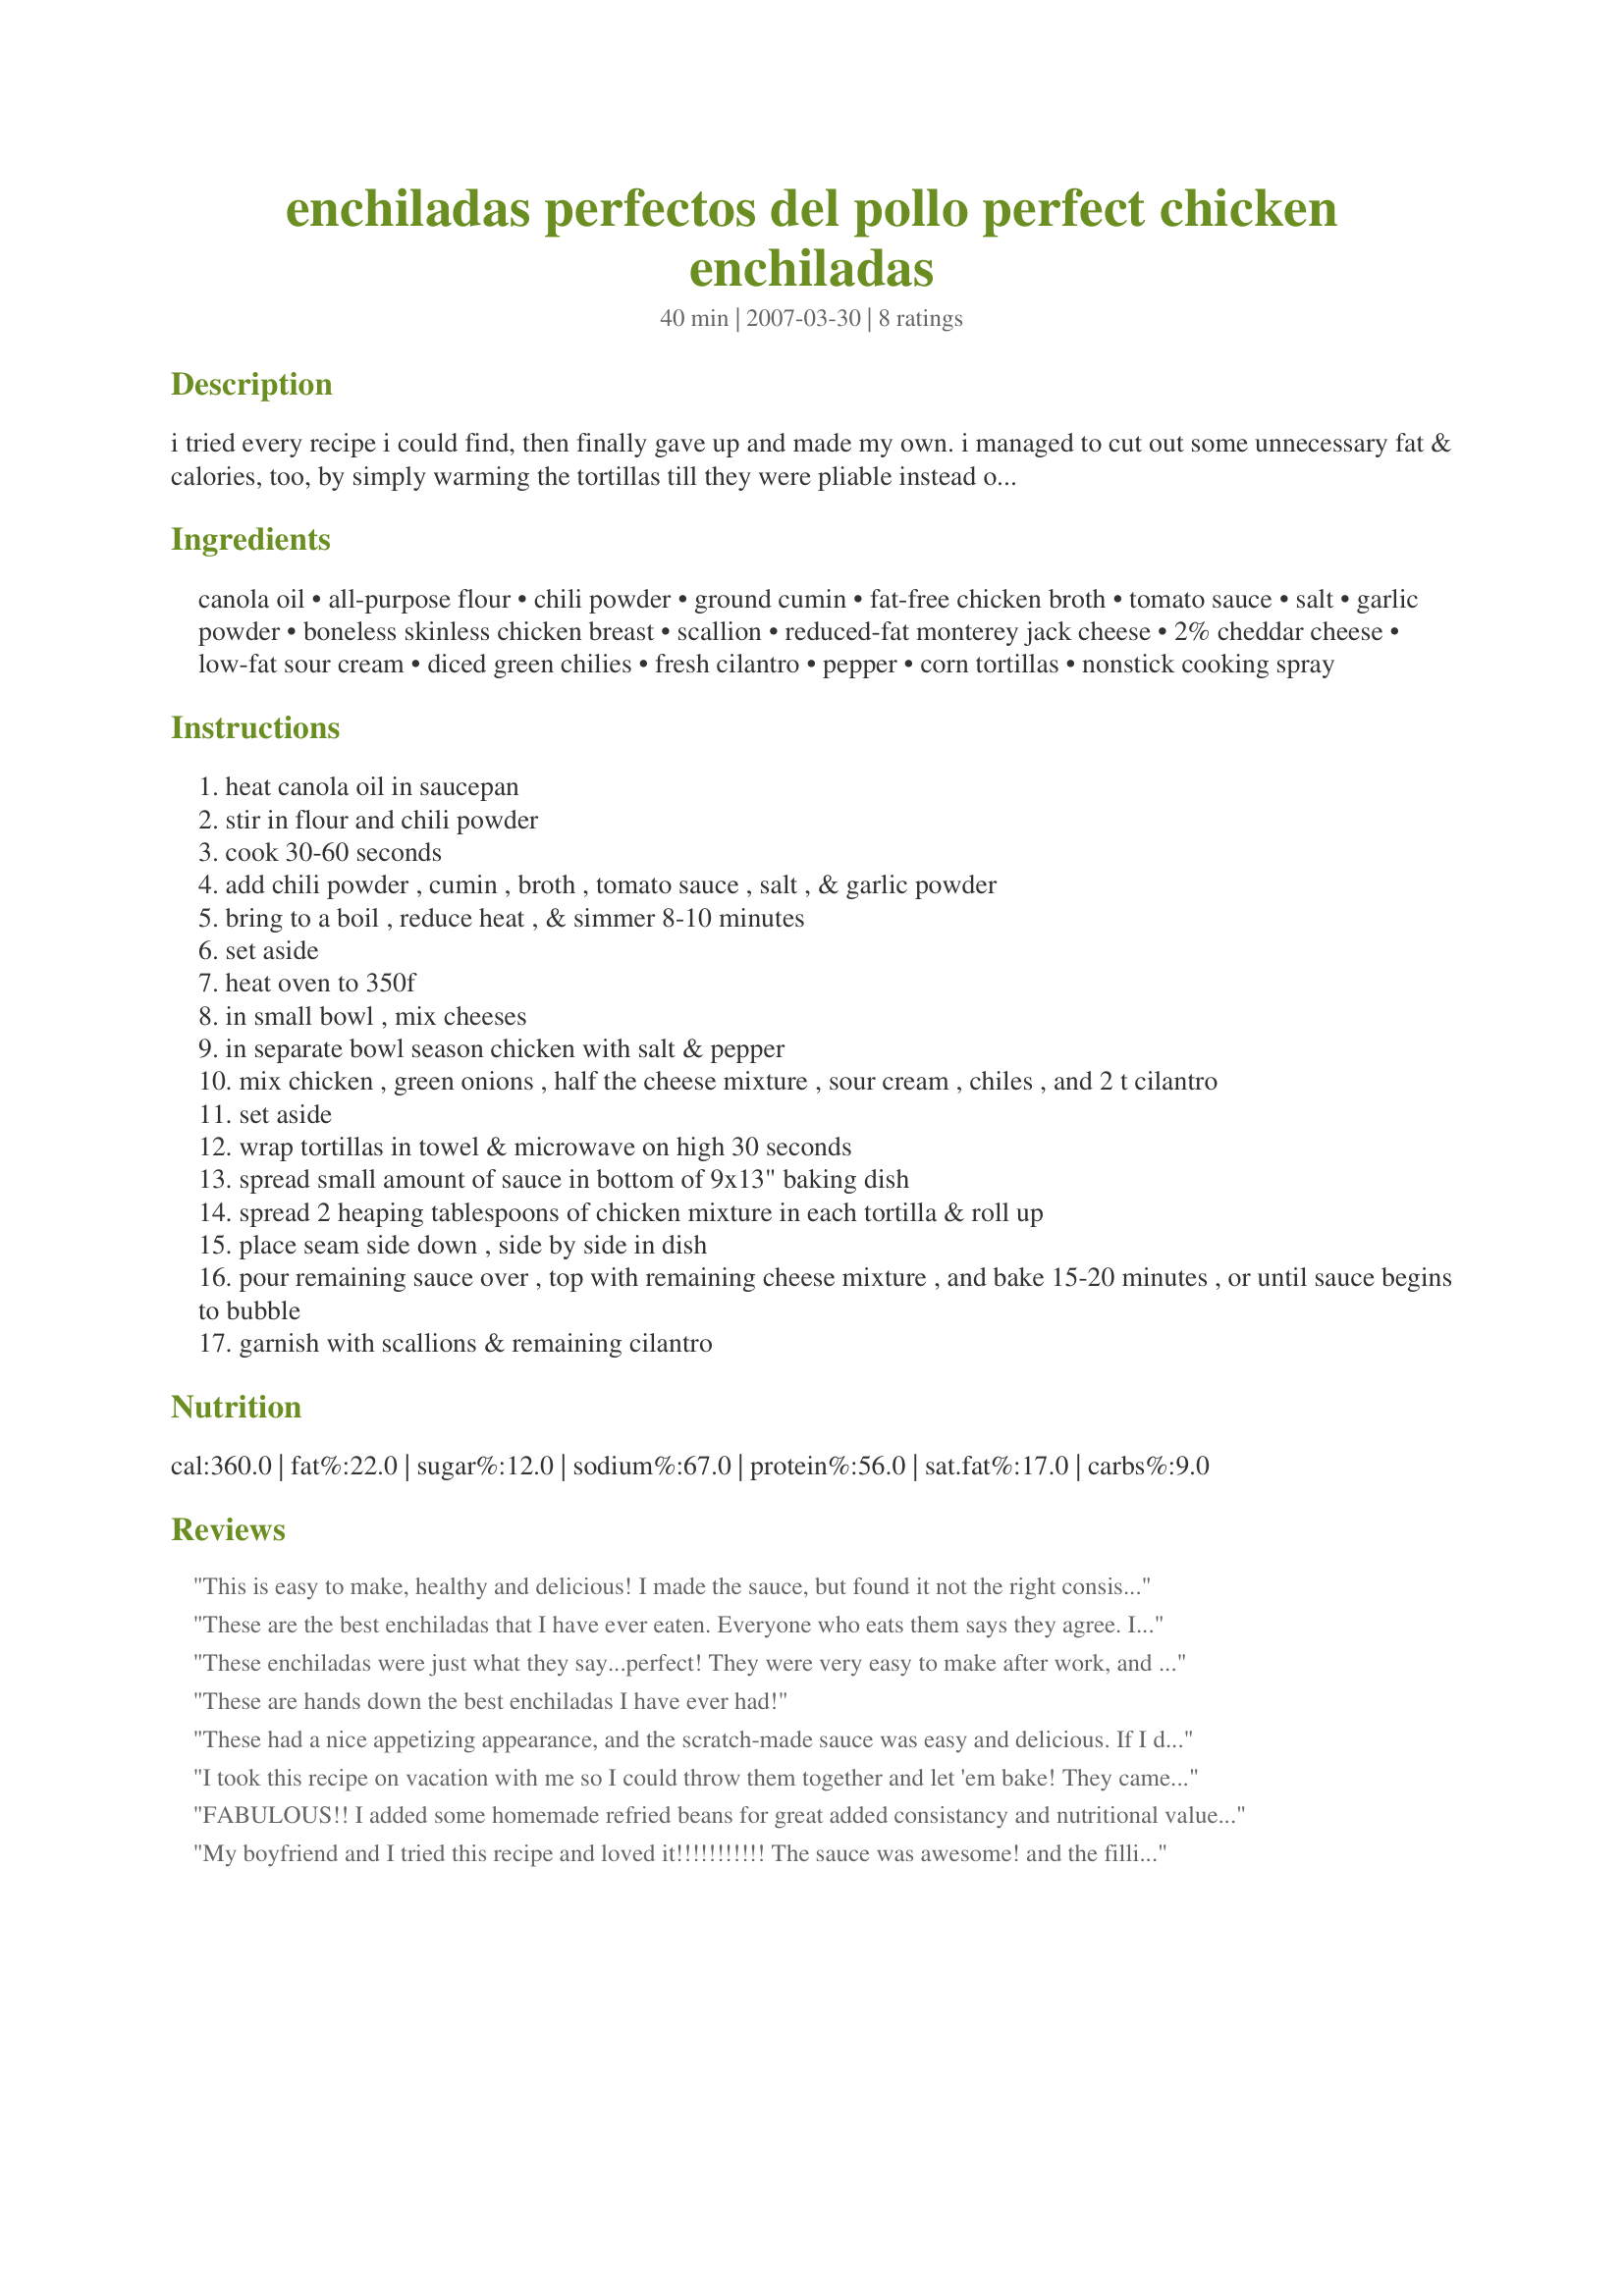
enchiladas perfectos del pollo perfect chicken enchiladas
Preparation time: 40 minutes

i tried every recipe i could find, then finally gave up and made my own. i managed to cut out some unnecessary fat & calories, too, by simply warming the tortillas till they were pliable instead of frying them in a vat of artery-clogging oil!

Ingredients:
canola oil, all-purpose flour, chili powder, ground cumin, fat-free chicken broth, tomato sauce, salt, garlic powder, boneless skinless chicken breast, scallion, reduced-fat monterey jack cheese, 2% cheddar cheese, low-fat sour cream, diced green chilies, fresh cilantro, pepper, corn tortillas, nonstick cooking spray

Steps:
heat canola oil in saucepan
stir in flour and chili powder
cook 30-60 seconds
add chili powder , cumin , broth , tomato sauce , salt , & garlic powder
bring to a boil , reduce heat , & simmer 8-10 minutes
set aside
heat oven to 350f
in small bowl , mix cheeses
in separate bowl season chicken with salt & pepper
mix chicken , green onions , half the cheese mixture , sour cream , chiles , and 2 t cilantro
set aside
wrap tortillas in towel & microwave on high 30 seconds
spread small amount of sauce in bottom of 9x13" baking dish
spread 2 heaping tablespoons of chicken mixture in each tortilla & roll up
place seam side down , side by side in dish
pour remaining sauce over , top with remaining cheese mixture , and bake 15-20 minutes , or until sauce begins to bubble
garnish with scallions & remaining cilantro

Reviews:
This is easy to make, healthy and delicious! I made the sauce, but found it not the right consistency for me. So I use canned green enchilada sauce instead. They are great - easy green chile, sour cream chicken enchiladas! I've made this 4 times and once for a gift with rave reviews!
These are the best enchiladas that I have ever eaten. Everyone who eats them says they agree. I make two small changes...just to suit my taste. I add 2 teaspoons of cocoa to the sauce and use Rotel instead of tomatos. Yummo.
These enchiladas were just what they say...perfect! They were very easy to make after work, and I had most of the ingredients on hand already. The only change I made was to switch the diced green chilis for a little green chili salsa, and it was fine. 
The sauce was delicious and the fililng was very tasty and not too dry like it can be sometimes. 
Thanks so much for this keeper recipe!
These are hands down the best enchiladas I have ever had!
These had a nice appetizing appearance, and the scratch-made sauce was easy and delicious. If I did make these again, I would fry the corn tortillas first, then dip in the sauce before filling, therefore I'd also double the sauce.
I took this recipe on vacation with me so I could throw them together and let 'em bake! They came out great! All of the flavors were wonderful and I couldn't get over how good th sauce came out. All I had was Prego pasta sauce and it worked great! I'll be making these again :)
FABULOUS!! I added some homemade refried beans for great added consistancy and nutritional value. Definitely the best enchiladas I have every eaten.
My boyfriend and I tried this recipe and loved it!!!!!!!!!!! The sauce was awesome! and the filling was very good and tender! Definitely will make it again! :)
